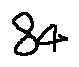
8 4